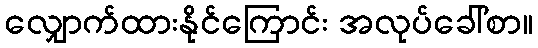
လျှောက်ထားနိုင်ကြောင်း အလုပ်ခေါ်စာ။